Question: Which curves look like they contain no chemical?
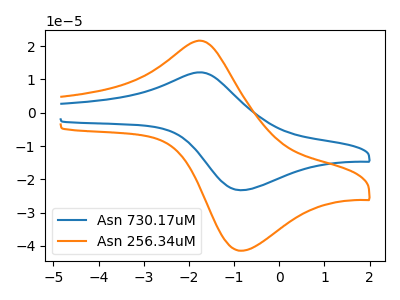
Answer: <think>The blue curve "Asn 730.17uM" has an anodic peak at (-1.80V, 12.15uA) and a cathodic peak at (-0.80V, -23.25uA). The orange curve "Asn 256.34uM" has an anodic peak at (-1.80V, 21.65uA) and a cathodic peak at (-0.80V, -41.45uA).</think>
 <answer>There are not any CV's on this graph that are likely to be blanks.</answer>
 <eval>none</eval>